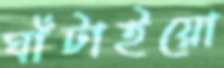
ঘাঁটাইয়ো